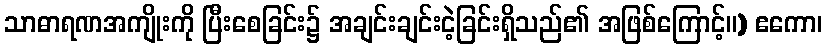
သာဓာရဏအကျိုးကို ပြီးစေခြင်း၌ အချင်းချင်းငဲ့ခြင်းရှိသည်၏ အဖြစ်ကြောင့်။) ဧကော၊